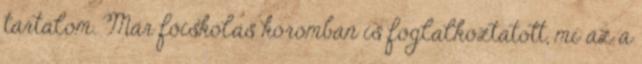
tartalom. Már főiskolás koromban is foglalkoztatott, mi az a